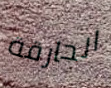
الحارقة